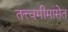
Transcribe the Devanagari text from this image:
तत्त्वमीमांसेत